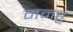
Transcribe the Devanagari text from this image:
मनहु